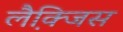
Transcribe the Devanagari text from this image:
लैक्जि़स